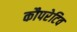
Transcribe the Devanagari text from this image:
कौपरेटिव